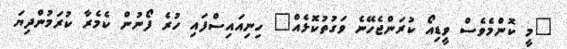
"މީ ކޮންމެވެސް ވީޑިއޯ ކުރަންޖެހޭނެ ވަގުތުކޮޅެއް" ހިނިއައިސްފައި ހުރެ ފޯނުން ކެމެރާ ކުރަމުންދިޔަ